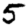
Digit: 5